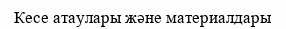
Кесе атаулары және материалдары